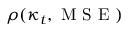
\rho ( \kappa _ { t } , \mathrm { ~ M ~ S ~ E ~ } )